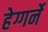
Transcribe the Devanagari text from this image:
हेग्गर्ने